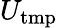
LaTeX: U_{\mathrm{tmp}}